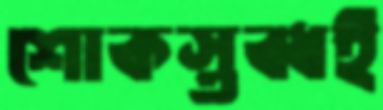
শোকস্তব্ধই